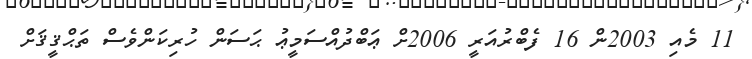
11 މެއި 2003ން 16 ފެބްރުއަރީ 2006ށް ޢަބްދުއްސަމީޢު ޙަސަން ހުރިކަންވެސް ތަޙްޤީޤަށް